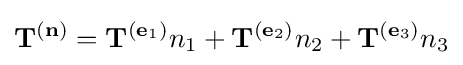
\mathbf {T} ^{(\mathbf {n} )}=\mathbf {T} ^{(\mathbf {e} _{1})}n_{1}+\mathbf {T} ^{(\mathbf {e} _{2})}n_{2}+\mathbf {T} ^{(\mathbf {e} _{3})}n_{3}